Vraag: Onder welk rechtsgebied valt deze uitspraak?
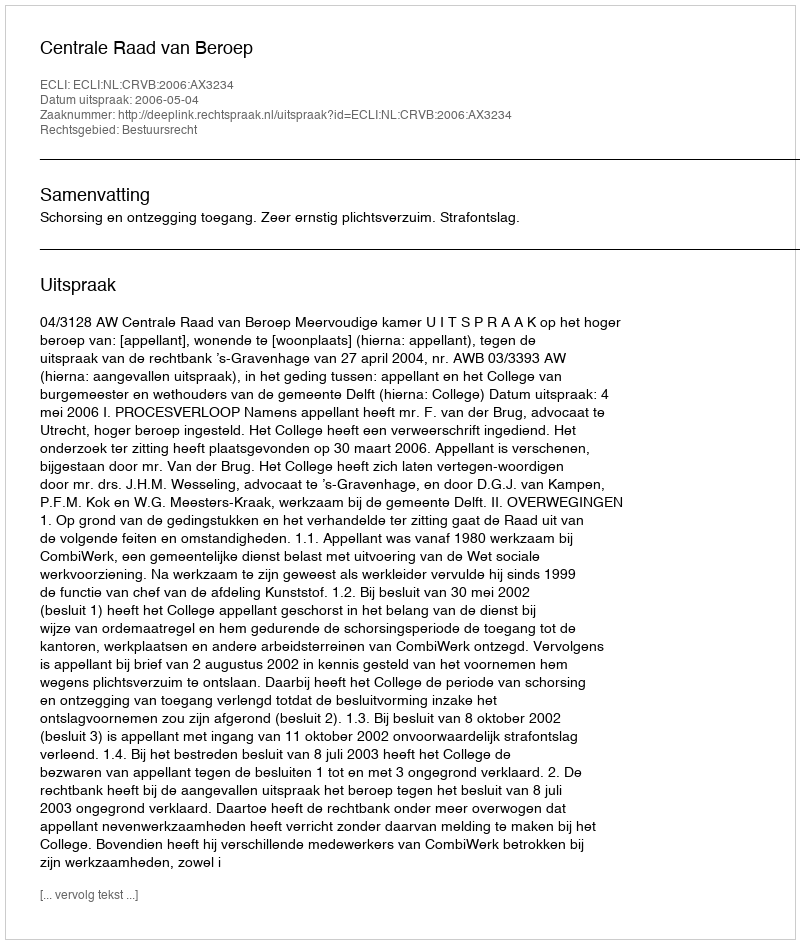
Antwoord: Bestuursrecht